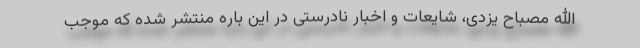
الله مصباح یزدی، شایعات و اخبار نادرستی در این باره منتشر شده که موجب